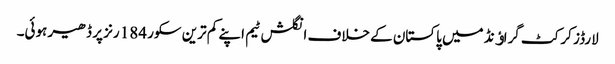
لارڈز کرکٹ گراﺅنڈ میں پاکستان کے خلاف انگلش ٹیم اپنے کم ترین سکور 184 رنز پر ڈھیر ہوئی۔